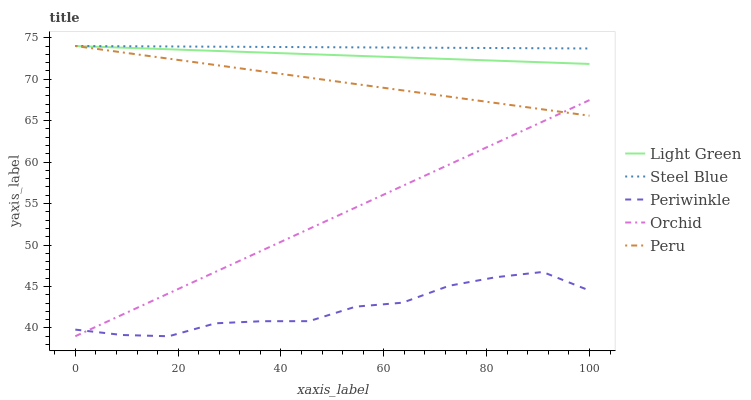
| xaxis_label | Light Green | Steel Blue | Periwinkle | Orchid | Peru |
 | --- | --- | --- | --- | --- | --- |
 | 0 | 74 | 74 | 39.8 | 39 | 74 |
 | 9.09 | 73.8 | 74 | 39.2 | 41.6 | 73.2 |
 | 18.2 | 73.6 | 73.9 | 39 | 44.2 | 72.5 |
 | 27.3 | 73.4 | 73.9 | 40.6 | 46.8 | 71.7 |
 | 36.4 | 73.2 | 73.9 | 40.8 | 49.4 | 70.9 |
 | 45.5 | 73 | 73.9 | 40.8 | 51.9 | 70.2 |
 | 54.5 | 72.8 | 73.8 | 42.6 | 54.5 | 69.4 |
 | 63.6 | 72.6 | 73.8 | 43 | 57.1 | 68.7 |
 | 72.7 | 72.4 | 73.8 | 45.1 | 59.7 | 67.9 |
 | 81.8 | 72.2 | 73.8 | 46.1 | 62.3 | 67.1 |
 | 90.9 | 72 | 73.7 | 46.8 | 64.9 | 66.4 |
 | 100 | 71.8 | 73.7 | 44.5 | 67.5 | 65.6 |